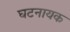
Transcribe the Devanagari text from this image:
घटनायक